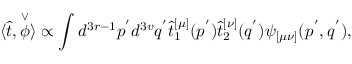
\langle \hat { t } , \stackrel { \vee } { \phi } \rangle \propto \int d ^ { 3 r - 1 } p ^ { ' } d ^ { 3 v } q ^ { ' } \hat { t } _ { 1 } ^ { [ \mu ] } ( p ^ { ' } ) \hat { t } _ { 2 } ^ { [ \nu ] } ( q ^ { ' } ) \psi _ { [ \mu \nu ] } ( p ^ { ' } , q ^ { ' } ) ,